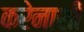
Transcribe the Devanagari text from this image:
करेनाशी